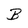
Character: B